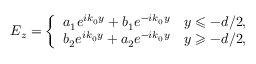
E _ { z } = \left\{ \begin{array} { l } { a _ { 1 } e ^ { i k _ { 0 } y } + b _ { 1 } e ^ { - i k _ { 0 } y } \quad y \leqslant - d / 2 , } \\ { b _ { 2 } e ^ { i k _ { 0 } y } + a _ { 2 } e ^ { - i k _ { 0 } y } \quad y \geqslant - d / 2 , } \end{array} \right.